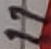
Text: 11